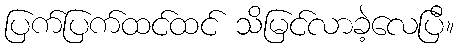
ပြက်ပြက်ထင်ထင် သိမြင်လာခဲ့လေပြီ။